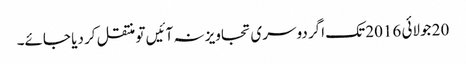
20 جولائی 2016 تک اگر دوسری تجاویز نہ آئیں تو منتقل کر دیا جائے۔